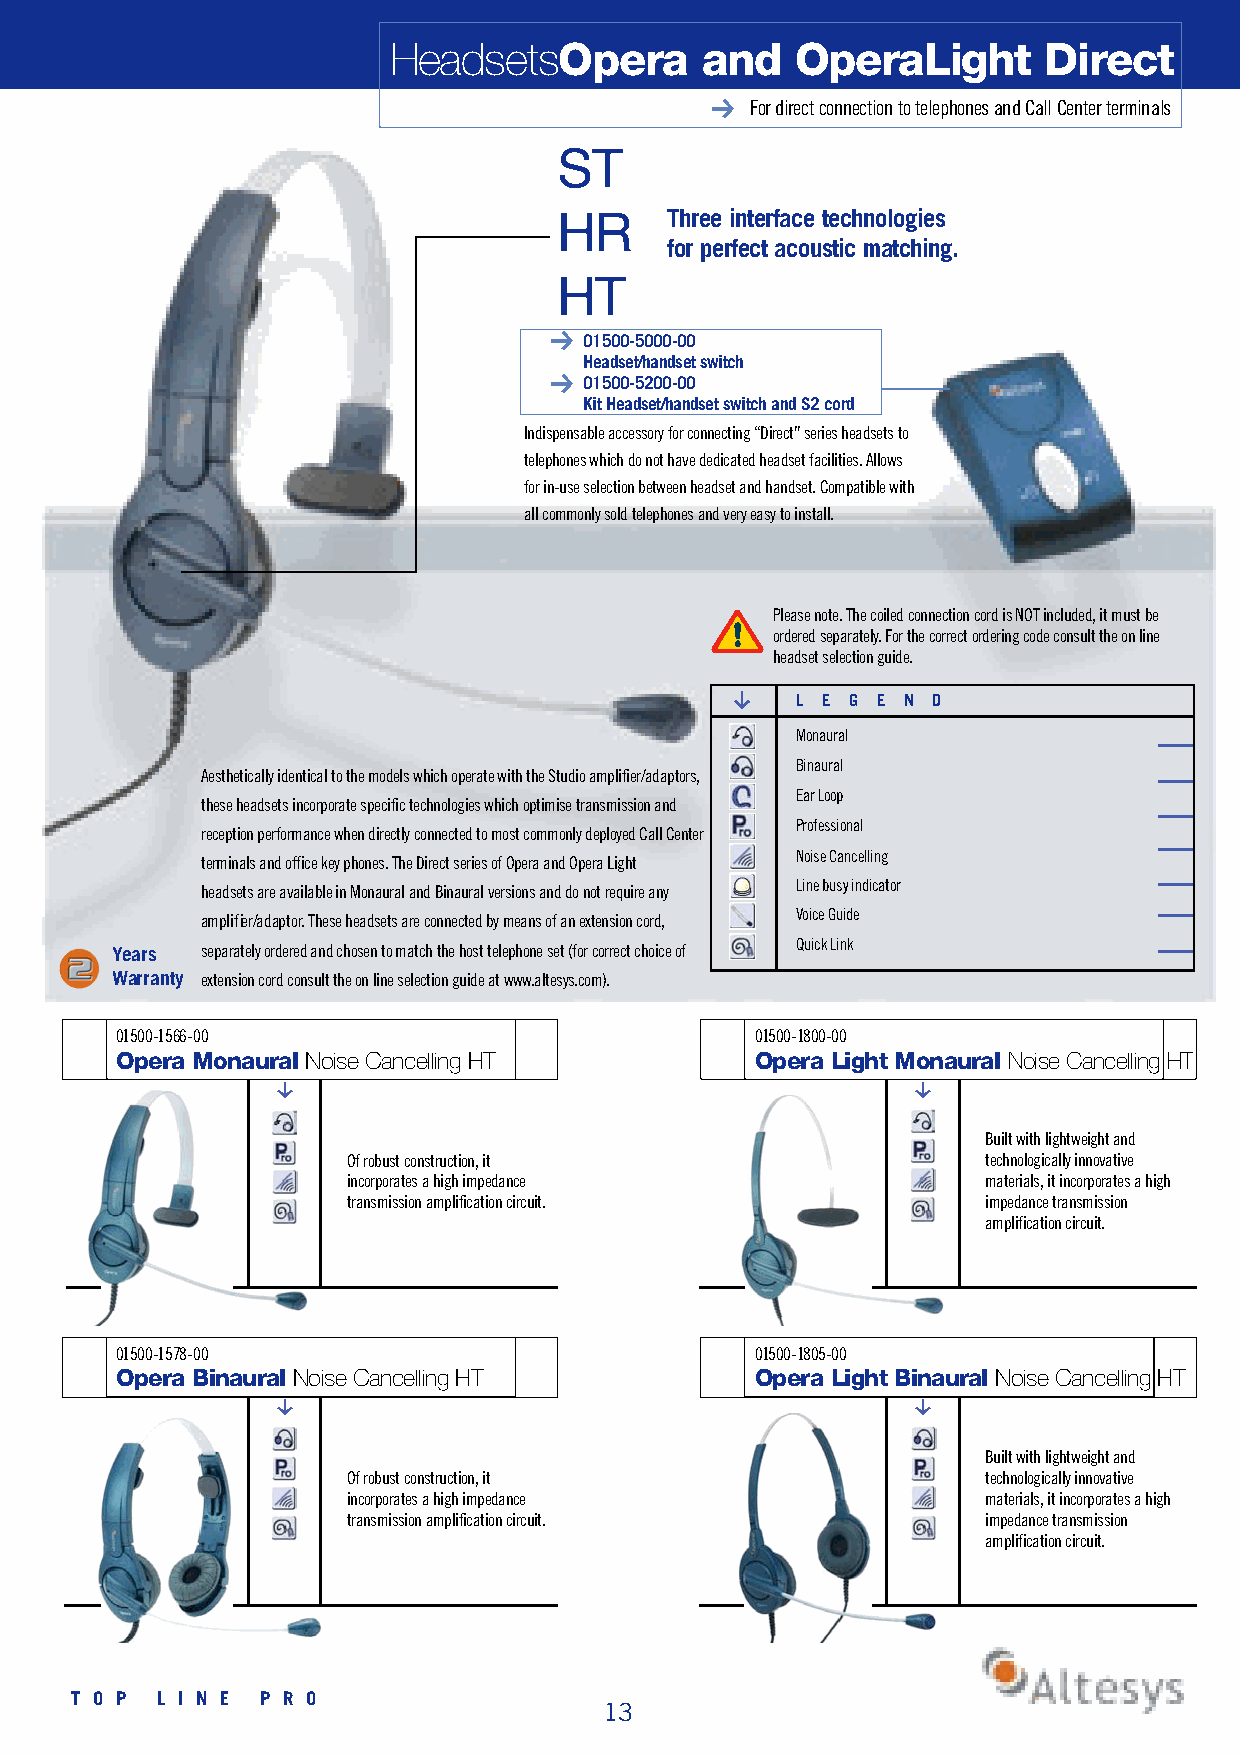
H e a d s e t sOpera and   OperaLight      Dire  c t
 For direct connection to telephones and Call Center terminals
 S T
 H R    Three interface technologies
 for perfect acoustic matching.
 H T
 0 1 5 0 0 - 5 0 0 0 - 0 0
 Headset/handset switch
 0 1 5 0 0 - 5 2 0 0 - 0 0
 Kit Headset/handset switch and S2 cord
 Indispensable accessory for connecting “Direct” series headsets to
 telephones which do not have dedicated headset facilities. Allows
 for in-use selection between headset and handset. Compatible with
 all commonly sold telephones and very easy to install.
 Please note. The coiled connection cord is NOT included, it must be
 ordered separately. For the correct ordering code consult the on line
 headset selection guide.
 g
 L E G E N D
 M o n a u r a l
 B i n a u r a l
 Aesthetically identical to the models which operate with the Studio amplifier/adaptors,
 Ear Loop
 these headsets incorporate specific technologies which optimise transmission and
 P r o f e s s i o n a l
 reception performance when directly connected to most commonly deployed Call Center
 Noise Cancelling
 terminals and office key phones. The Direct series of Opera and Opera Light
 Line busy indicator
 headsets are available in Monaural and Binaural versions and do not require any
 Voice Guide
 a m p l i f i e r / a d a p t o r. These headsets are connected by means of an extension cord,
 Quick Link
 Years separately ordered and chosen to match the host telephone set (for correct choice of
 Warranty extension cord consult the on line selection guide at www.altesys.com).
 0 1 5 0 0 - 1 5 6 6 - 0 0                 0 1 5 0 0 - 1 8 0 0 - 0 0
 Opera Monaural Noise Cancelling HT        Opera Light Monaural Noise Cancelling HT
 g                                         g
 Built with lightweight and
 Of robust construction, it                technologically innovative
 incorporates a high impedance             materials, it incorporates a high
 transmission amplification circuit.       impedance transmission
 amplification circuit.
 0 1 5 0 0 - 1 5 7 8 - 0 0                 0 1 5 0 0 - 1 8 0 5 - 0 0
 Opera Binaural Noise Cancelling HT        Opera Light Binaural Noise Cancelling HT
 g                                         g
 Built with lightweight and
 Of robust construction, it                technologically innovative
 incorporates a high impedance             materials, it incorporates a high
 transmission amplification circuit.       impedance transmission
 amplification circuit.
 T O P L I N E P R O
 13